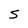
Character: 5